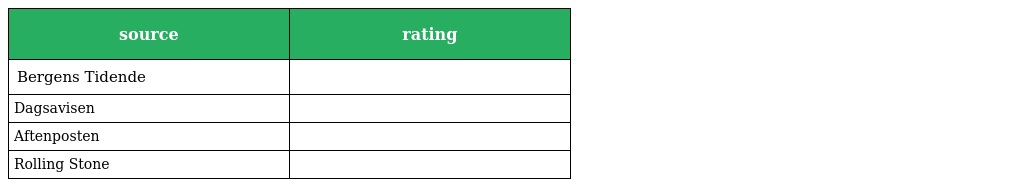
| source | rating |
 | --- | --- |
 | Bergens Tidende |  |
 | Dagsavisen |  |
 | Aftenposten |  |
 | Rolling Stone |  |